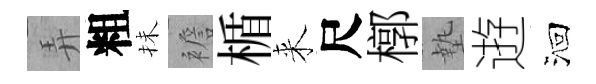
弄粗抺襜楯来尺槨墊逰洄